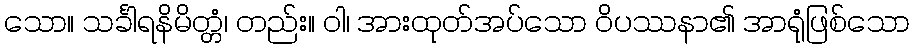
သော။ သင်္ခါရနိမိတ္တံ၊ တည်း။ ဝါ၊ အားထုတ်အပ်သော ဝိပဿနာ၏ အာရုံဖြစ်သော